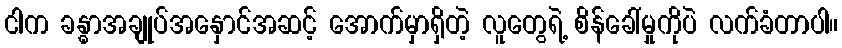
ငါက ခန္ဓာအချုပ်အနှောင်အဆင့် အောက်မှာရှိတဲ့ လူတွေရဲ့ စိန်ခေါ်မှုကိုပဲ လက်ခံတာပါ။